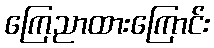
ကြေညာထားကြောင်း